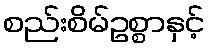
စည်းစိမ်ဥစ္စာနှင့်